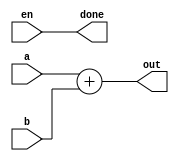
module IAdd (
	input				en,
	output				done,

	input		[15:0]	a,
	input		[15:0]	b,
	output		[15:0]	out
);
	assign	out = $signed(a) + $signed(b);
	assign	done = en;
endmodule

module ISub (
	input				en,
	output				done,

	input		[15:0]	a,
	input		[15:0]	b,
	output		[15:0]	out
);
	assign	out = $signed(a) - $signed(b);
	assign	done = en;
endmodule

module IMul (
	input				en,
	output				done,

	input		[15:0]	a,
	input		[15:0]	b,
	output		[15:0]	out
);
	wire	[15:0]	pp00 = (b[00]) ? a : 32'h0;
	wire	[15:0]	pp01 = (b[01]) ? a : 32'h0;
	wire	[15:0]	pp02 = (b[02]) ? a : 32'h0;
	wire	[15:0]	pp03 = (b[03]) ? a : 32'h0;
	wire	[15:0]	pp04 = (b[04]) ? a : 32'h0;
	wire	[15:0]	pp05 = (b[05]) ? a : 32'h0;
	wire	[15:0]	pp06 = (b[06]) ? a : 32'h0;
	wire	[15:0]	pp07 = (b[07]) ? a : 32'h0;
	wire	[15:0]	pp08 = (b[08]) ? a : 32'h0;
	wire	[15:0]	pp09 = (b[09]) ? a : 32'h0;
	wire	[15:0]	pp10 = (b[10]) ? a : 32'h0;
	wire	[15:0]	pp11 = (b[11]) ? a : 32'h0;
	wire	[15:0]	pp12 = (b[12]) ? a : 32'h0;
	wire	[15:0]	pp13 = (b[13]) ? a : 32'h0;
	wire	[15:0]	pp14 = (b[14]) ? a : 32'h0;
	wire	[15:0]	pp15 = (b[15]) ? a : 32'h0;

	wire	[31:0]	temp	= ( {~pp00[15], pp00[14:0]} <<  0 )
							+ ( {~pp01[15], pp01[14:0]} <<  1 )
							+ ( {~pp02[15], pp02[14:0]} <<  2 )
							+ ( {~pp03[15], pp03[14:0]} <<  3 )
							+ ( {~pp04[15], pp04[14:0]} <<  4 )
							+ ( {~pp05[15], pp05[14:0]} <<  5 )
							+ ( {~pp06[15], pp06[14:0]} <<  6 )
							+ ( {~pp07[15], pp07[14:0]} <<  7 )
							+ ( {~pp08[15], pp08[14:0]} <<  8 )
							+ ( {~pp09[15], pp09[14:0]} <<  9 )
							+ ( {~pp10[15], pp10[14:0]} << 10 )
							+ ( {~pp11[15], pp11[14:0]} << 11 )
							+ ( {~pp12[15], pp12[14:0]} << 12 )
							+ ( {~pp13[15], pp13[14:0]} << 13 )
							+ ( {~pp14[15], pp14[14:0]} << 14 )
							+ ( { pp15[15],~pp15[14:0]} << 15 )
							+ 32'h80010000;

	wire	overflow = temp[31:15] > 0;
	assign	out =	(temp[31]) ? // negative number
						(overflow) ? 16'h8000 : {1'b1, temp[14:0]} 
					:			 // positive number
						(overflow) ? 16'h7FFF : {1'b0, temp[14:0]} ;

	assign	done = en;
endmodule

module IDiv (
	input				clk,
	input				rst,

	input				en,
	output				done,

	input		[15:0]	a,
	input		[15:0]	b,
	output		[15:0]	out,

	output		[15:0]	rem
);
	reg		[29:0]	dividend;
	reg		[14:0]	divider;
	reg		[4:0]	c;

	reg				a_sign, b_sign;

	reg		[15:0]	q;

	wire	[16:0]	sub = {1'b0, dividend[29:14]} - {2'b0, divider};

	always @(posedge clk) begin
		if (rst) begin
			c			<=	5'h0;

			dividend	<=	32'h0;
			q			<=	15'h0;
		end else begin
			if (c != 0) begin
				if ( c == 17 ) begin
					if (!en) begin
						c			<=	0;
					end
				end else if ( c == 16 )begin
					q			<=	(a_sign ^ b_sign) ? ~q + 1'b1 : q;
					if (!en) begin
						c			<=	0;
					end else begin
						c			<=	c + 1'b1;
					end
				end else begin
					q			<=	(q << 1) + !sub[16];
					if (!sub[16]) begin // divisible
						dividend	<=	{sub[15:0], dividend[13:0], 1'b0};
					end else begin
						dividend	<=	{dividend[29:0], 1'b0};
					end
					c			<=	c + 1'b1;
				end
			end	else if (en) begin
				divider	<=	(b[15]) ? ~b + 1 : b;
				dividend<=	(a[15]) ? {16'h0, ~a + 16'b1} : a;
				b_sign	<=	b[15];
				a_sign	<=	a[15];
				q		<=	0;
				c		<=	1; 
			end
		end
	end

	assign	out = q;
	assign	rem = {3'b0, dividend[29:15]};
	assign	done = (c >= 16);
endmodule